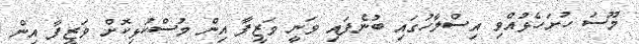
މޫސަ ހުށަހެޅުއްވި އިސްލާހުގައި ބުނެފައި ވަނީ ވަޒީފާ އިން މުސްކުޅިކޮށް ވަޒީފާ އިން